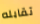
تقابله